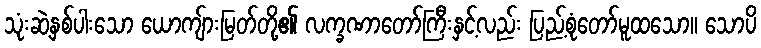
သုံးဆဲ့နှစ်ပါးသော ယောကျ်ားမြတ်တို့၏ လက္ခဏာတော်ကြီးနှင့်လည်း ပြည့်စုံတော်မူထသော။ သောပိ